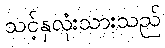
သင့်နှလုံးသားသည်